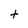
Character: t